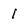
Character: I